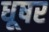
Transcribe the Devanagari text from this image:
धूषर